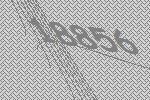
18856